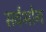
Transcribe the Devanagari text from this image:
सर्वभोग